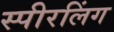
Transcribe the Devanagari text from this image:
स्पीरलिंग